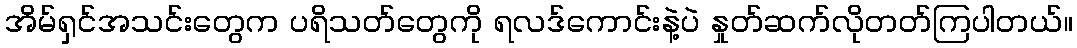
အိမ်ရှင်အသင်းတွေက ပရိသတ်တွေကို ရလဒ်ကောင်းနဲ့ပဲ နှုတ်ဆက်လိုတတ်ကြပါတယ်။